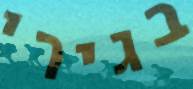
בגירי